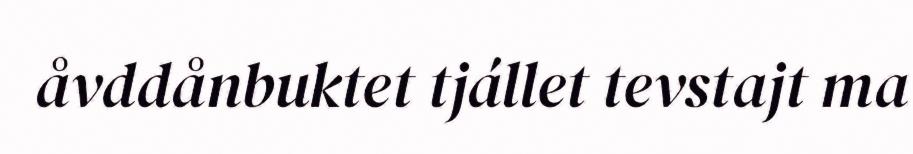
åvddånbuktet tjállet tevstajt ma